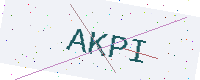
Text: AKPI